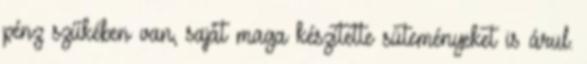
pénz szűkében van, saját maga készítette süteményeket is árul.